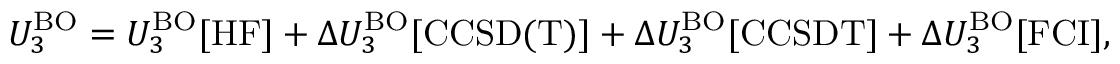
U _ { 3 } ^ { \mathrm { B O } } = U _ { 3 } ^ { \mathrm { B O } } [ \mathrm { H F } ] + \Delta U _ { 3 } ^ { \mathrm { B O } } [ \mathrm { C C S D ( T ) } ] + \Delta U _ { 3 } ^ { \mathrm { B O } } [ \mathrm { C C S D T } ] + \Delta U _ { 3 } ^ { \mathrm { B O } } [ \mathrm { F C I } ] ,